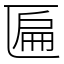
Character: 匾